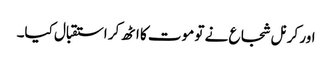
اور کرنل شجاع نے تو موت کا اٹھ کر استقبال کیا۔